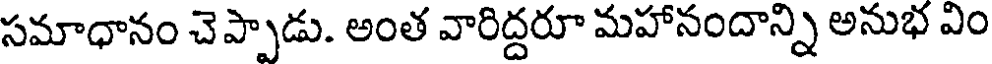
సమాధానం చెప్పాడు. అంత వారిద్దరూ మహానందాన్ని అనుభ విం